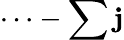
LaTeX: \cdots-\sum\mathbf{j}